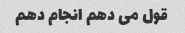
قول می دهم انجام دهم